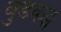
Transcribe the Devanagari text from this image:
वुडकट्स